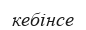
кебінсе